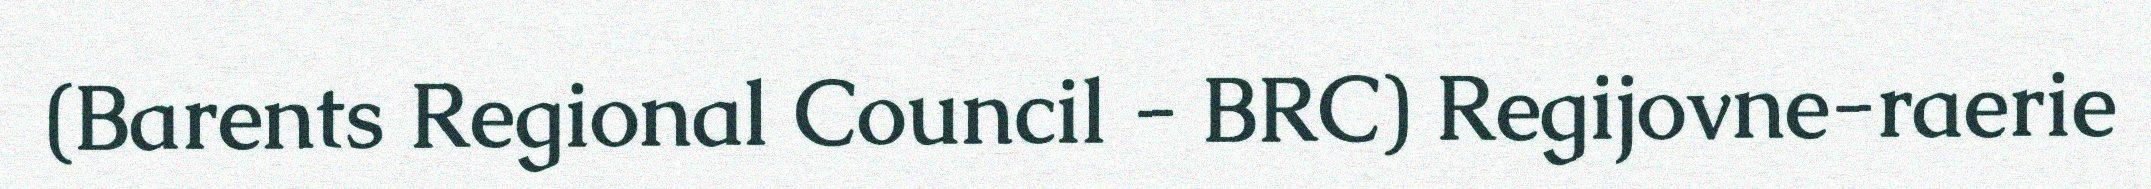
(Barents Regional Council - BRC) Regijovne-raerie